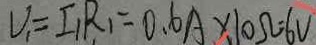
V _ { 1 } = I _ { 1 } R _ { 1 } = 0 . 6 A \times 1 0 \Omega = 6 V